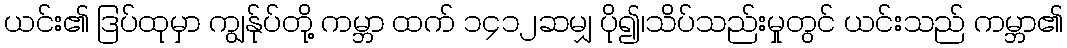
ယင်း၏ ဒြပ်ထုမှာ ကျွန်ုပ်တို့ ကမ္ဘာ ထက် ၁၄၁၂ဆမျှ ပို၍၊သိပ်သည်းမှုတွင် ယင်းသည် ကမ္ဘာ၏